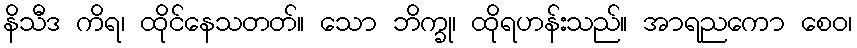
နိသီဒ ကိရ၊ ထိုင်နေသတတ်။ သော ဘိက္ခု၊ ထိုရဟန်းသည်။ အာရညကော စေဝ၊